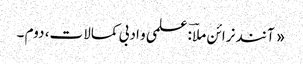
« آنند نرائن ملاؔ : علمی و ادبی کمالات، دوم ۔